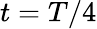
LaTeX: t=T/4